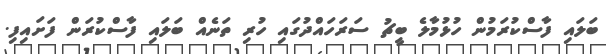
ބަލައި ފާސްކުރަމުން ހުޅުމާލެ ބީޗު ސަރަހައްދުގައި ހުރި ތަނެއް ބަލައި ފާސްކުރަން ފަށައިފި.